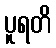
ပူရတိ